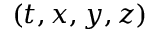
( t , x , y , z )